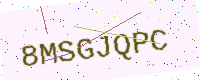
Text: 8MSGJQPC